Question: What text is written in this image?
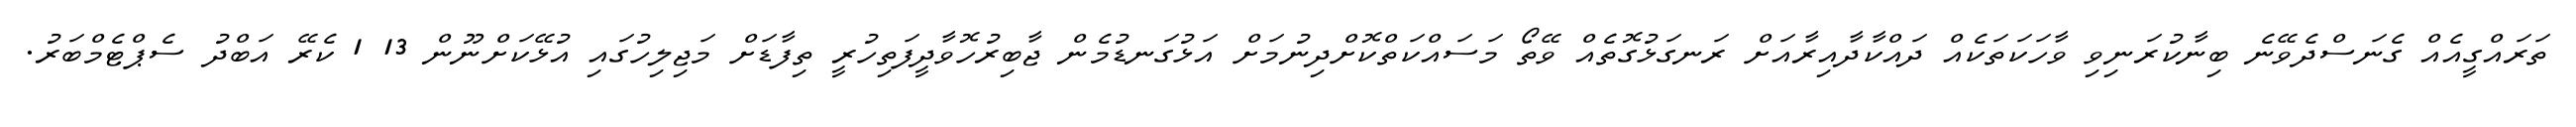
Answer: ތަރައްގީއެއް ގެނަސްދެވޭނެ ބިނާކުރަނިވި ވާހަކަތަކެއް ދައްކާދާއިރާއަށް ރަނގަޅުގޮތެއް ވޭތޯ މަސައްކަތްކޮށްދިނުމަށް އަޅުގަނޑުމެން ޖާބިރުހޮވާދީފަތިހުރީ ތިފާޑަށް މަޖިލިހުގައި އުޅޭކަށްނޫން 13 1 ކެރޭ އަބްދު ސެޕްޓެމްބަރު.